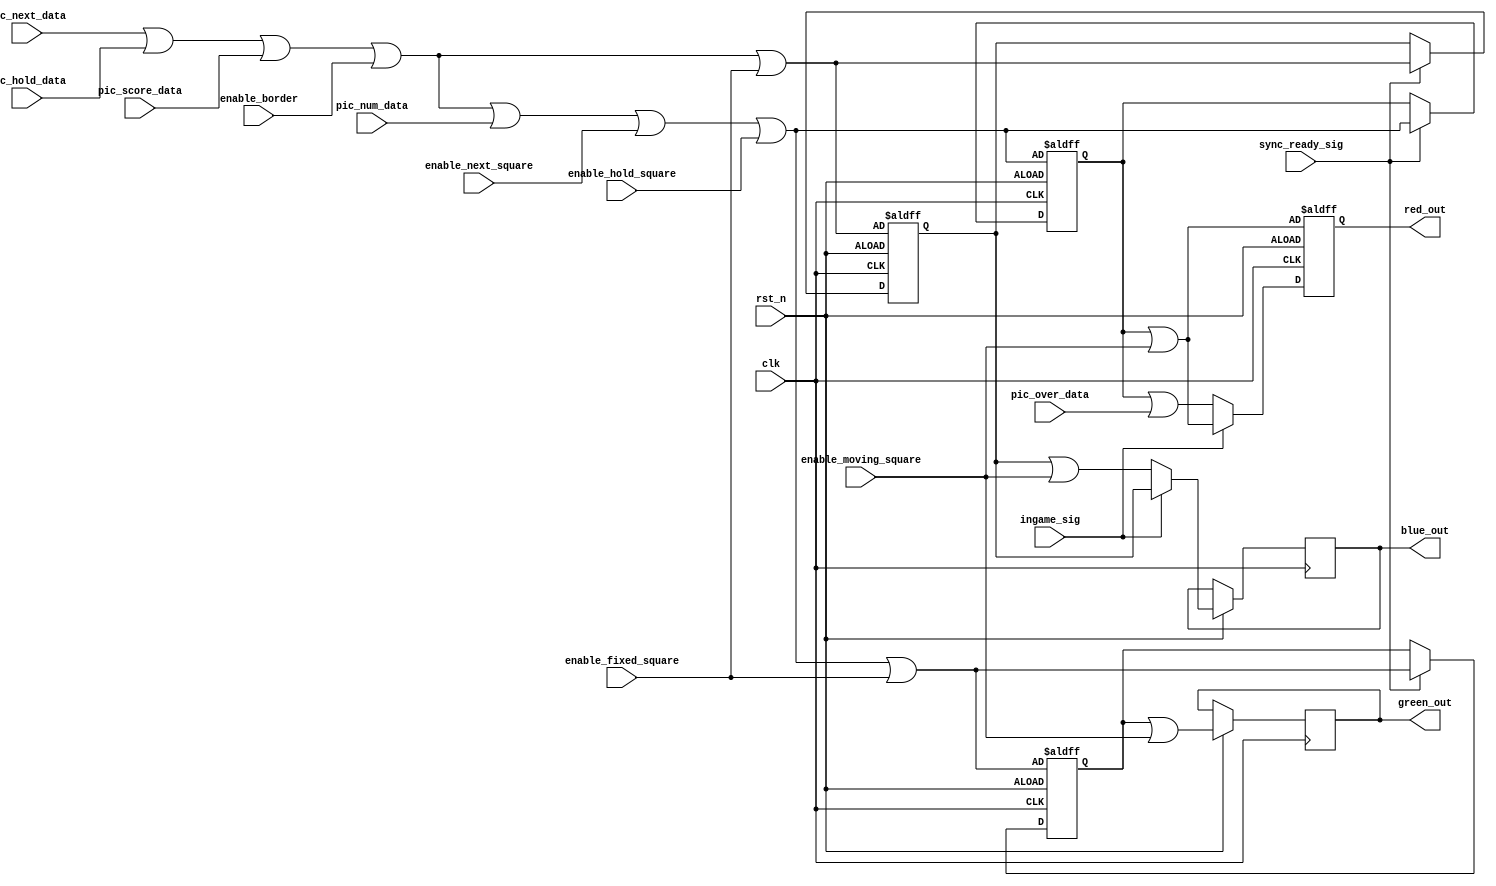
module game_display_module
( clk, rst_n, sync_ready_sig, ingame_sig,
  enable_border, enable_moving_square, enable_fixed_square, enable_next_square, enable_hold_square,
  pic_over_data, pic_next_data, pic_hold_data, pic_score_data, pic_num_data,
  red_out, green_out, blue_out
);
input clk;
input rst_n;
input sync_ready_sig;
input ingame_sig;
input enable_border;
input enable_moving_square;
input enable_fixed_square;
input enable_next_square;
input enable_hold_square;
input pic_over_data;
input pic_next_data;
input pic_hold_data;
input pic_score_data;
input pic_num_data;
output red_out;
output green_out;
output blue_out;

/**************************************************/		  

reg bg_red;
reg bg_green;
reg bg_blue;
reg red_out_r;
reg green_out_r;
reg blue_out_r;

/**************************************************/

always @ ( posedge clk or negedge rst_n )
  begin 
    if( !rst_n )
      begin 
        bg_red   <= pic_next_data | pic_hold_data | pic_score_data | enable_border | pic_num_data | enable_next_square | enable_hold_square;
        bg_green <= pic_next_data | pic_hold_data | pic_score_data | enable_border | pic_num_data | enable_next_square | enable_hold_square | enable_fixed_square;
        bg_blue  <= pic_next_data | pic_hold_data | pic_score_data | enable_border | enable_fixed_square;
      end
    else if( sync_ready_sig )
      begin
        bg_red   <= pic_next_data | pic_hold_data | pic_score_data | enable_border | pic_num_data | enable_next_square | enable_hold_square;
        bg_green <= pic_next_data | pic_hold_data | pic_score_data | enable_border | pic_num_data | enable_next_square | enable_hold_square | enable_fixed_square;
        bg_blue  <= pic_next_data | pic_hold_data | pic_score_data | enable_border | enable_fixed_square;
      end
  end

/**************************************************/

always @ ( posedge clk or negedge rst_n )
  begin 
    if( !rst_n )
      begin 
        red_out_r   <= bg_red   | enable_moving_square;
/*        green_out_r <= bg_green | enable_moving_square;
        blue_out_r  <= bg_blue;
*/      end
	 else if( ingame_sig == 1 )
	    begin 
        red_out_r   <= bg_red   | enable_moving_square;
        green_out_r <= bg_green | enable_moving_square;
        blue_out_r  <= bg_blue;
      end
    else if( ingame_sig == 0 )
      begin
        red_out_r   <= bg_red   | pic_over_data;
        green_out_r <= bg_green | enable_moving_square;
        blue_out_r  <= bg_blue  | enable_moving_square;
      end
    else 
      begin
        red_out_r   <= bg_red   | enable_moving_square;
        green_out_r <= bg_green | enable_moving_square;
        blue_out_r  <= bg_blue;
      end  
  end 
 
/**************************************************/

assign red_out = red_out_r;
assign green_out = green_out_r;
assign blue_out = blue_out_r;

/**************************************************/

endmodule